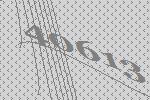
40613